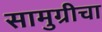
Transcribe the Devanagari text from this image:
सामुग्रीचा